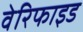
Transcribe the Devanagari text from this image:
वेरिफाइड